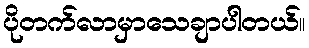
ပိုတက်လာမှာသေချာပါတယ်။